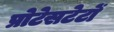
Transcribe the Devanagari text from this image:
प्रोटेसटेटों